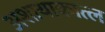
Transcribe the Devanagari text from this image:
अशायाकात्ल